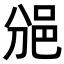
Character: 𨚇